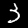
Digit: 3